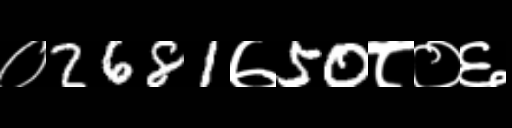
Text: ०2681७50८०६